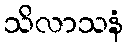
သိလာသနံ